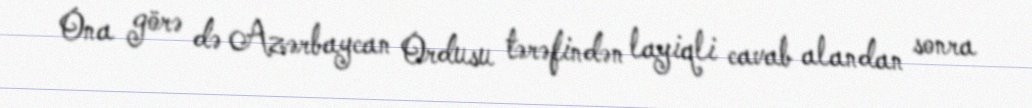
Ona görə də Azərbaycan Ordusu tərəfindən layiqli cavab alandan sonra